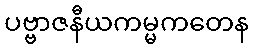
ပဗ္ဗာဇနီယကမ္မကတေန